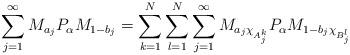
LaTeX: \begin{align*}\sum_{j=1}^\infty M_{a_j} P_\alpha M_{1-b_j} = \sum_{k=1}^N \sum_{l=1}^N \sum_{j=1}^\infty M_{a_j \chi_{A_j^k}} P_\alpha M_{1-b_j \chi_{B_j^l}}\end{align*}